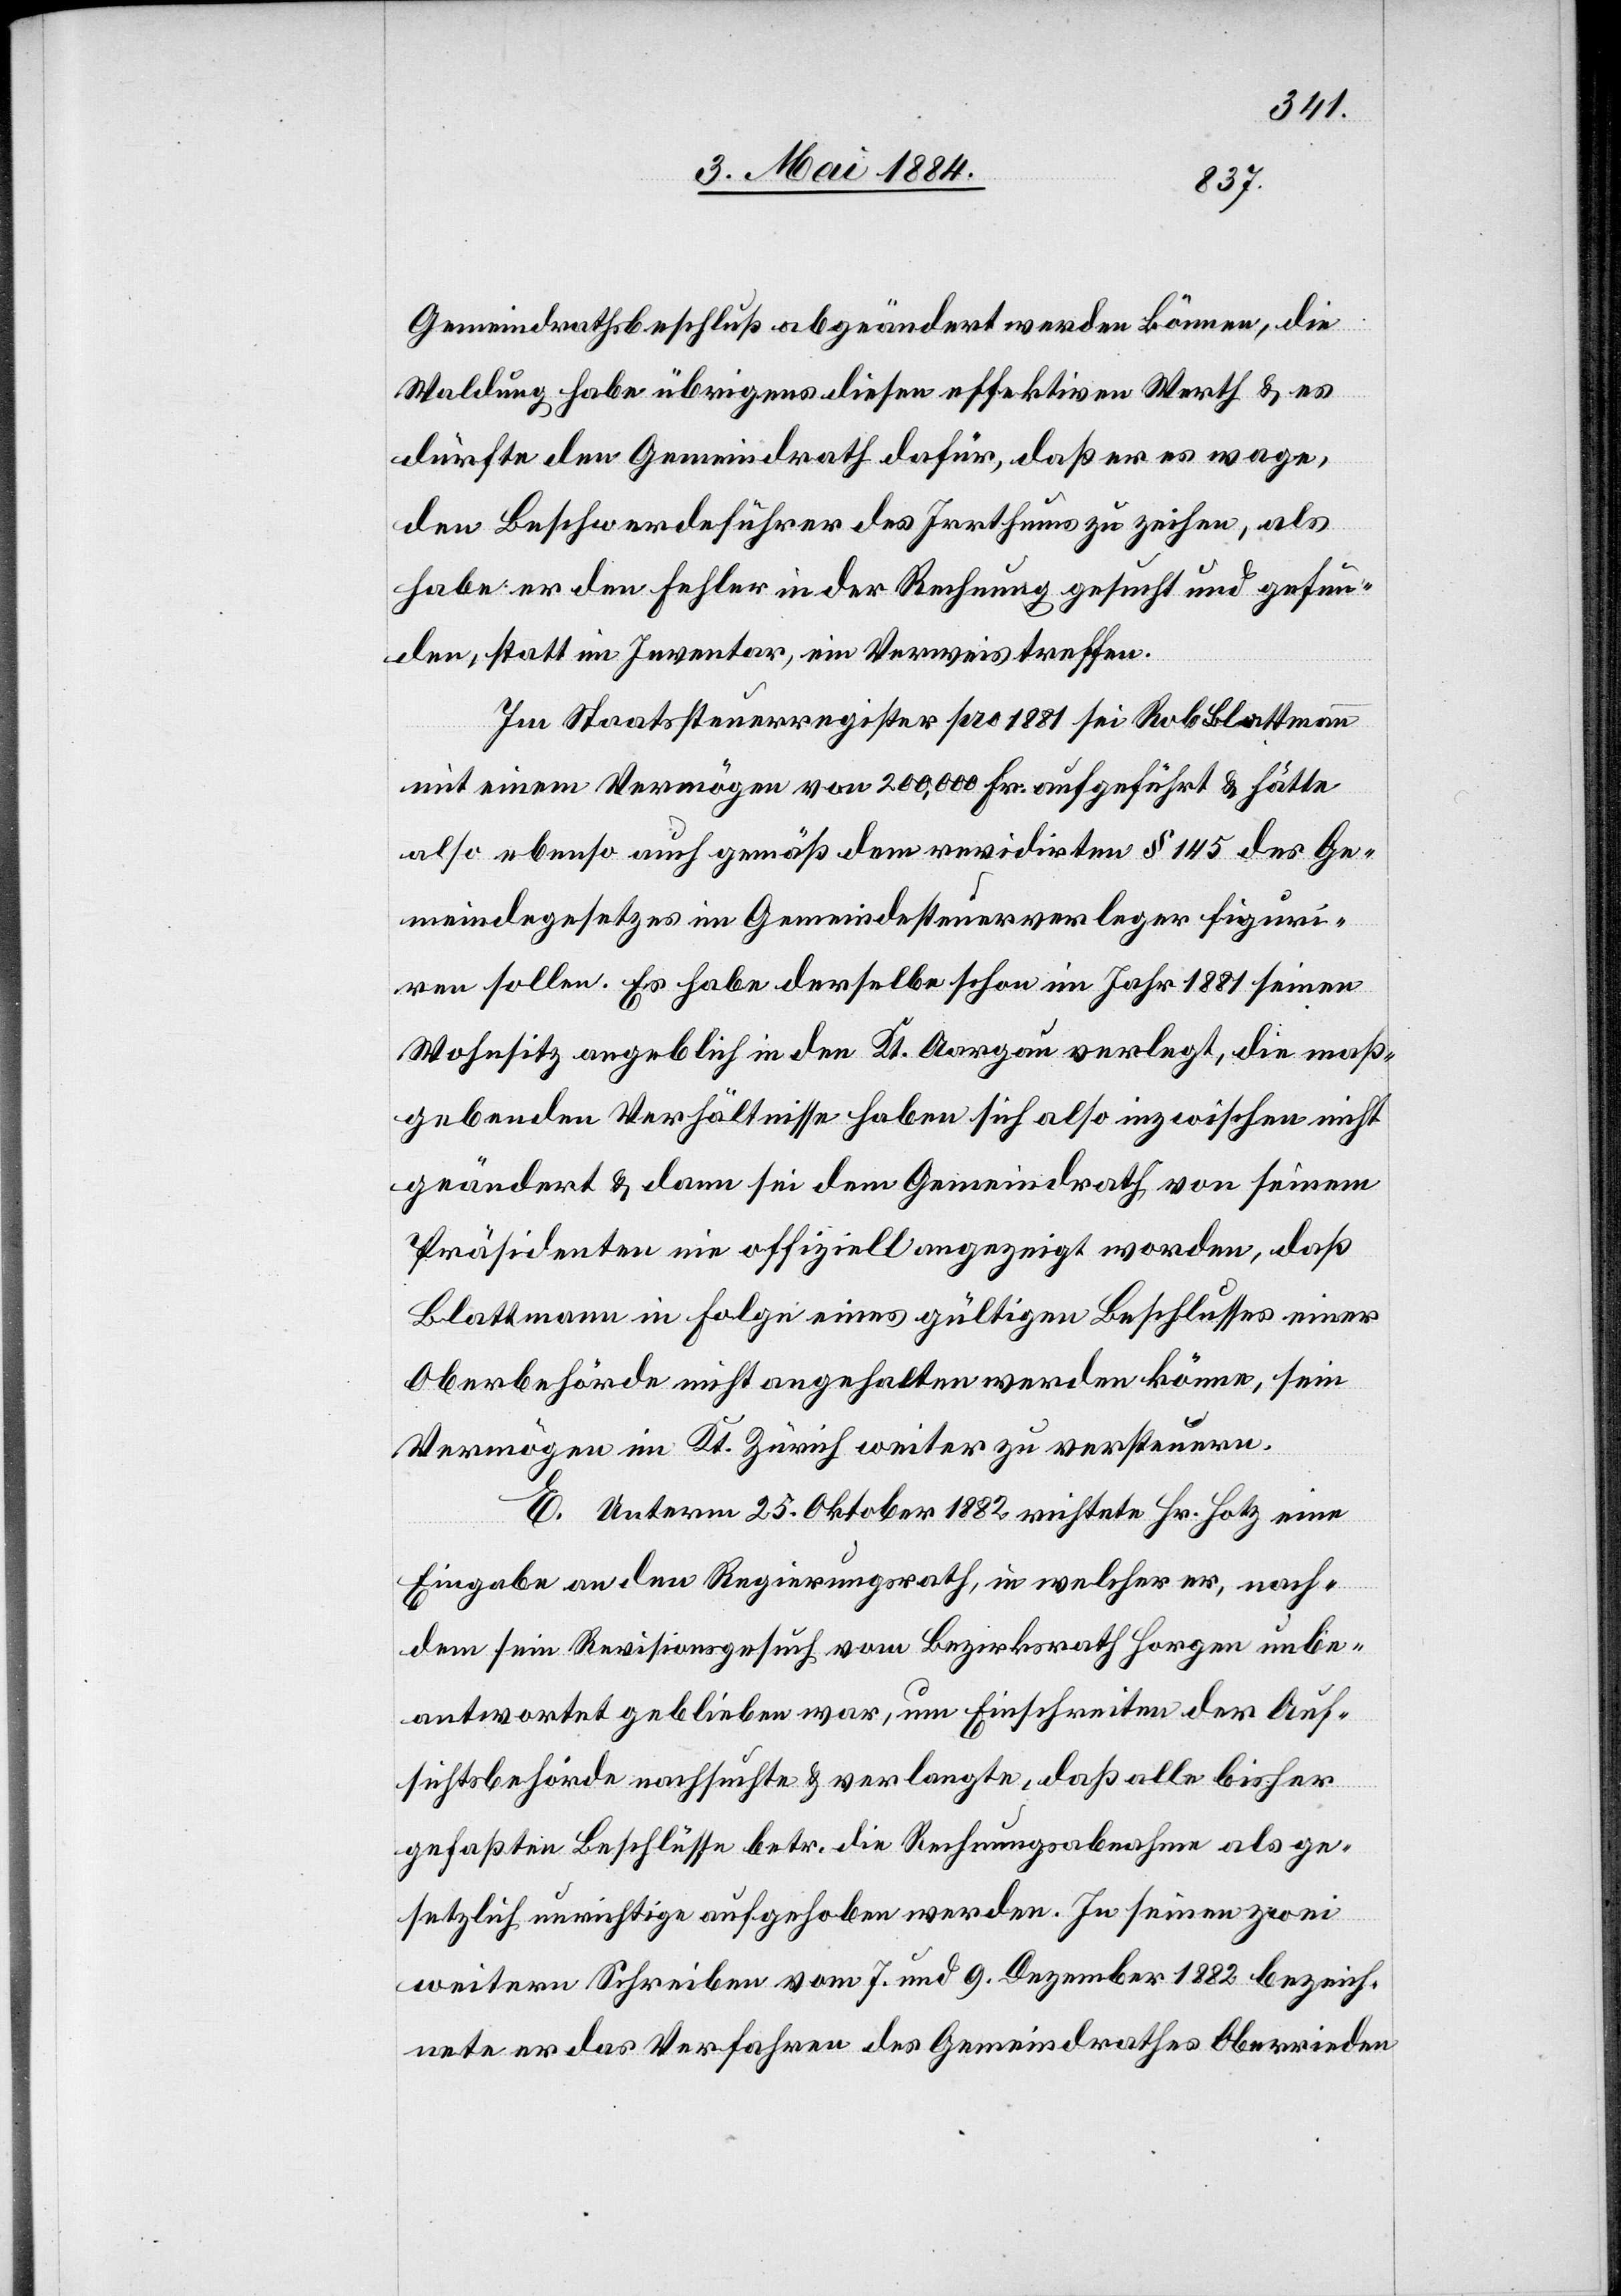
Gemeindrathsbeschluß abgeändert werden können, die
Waldung habe übrigens diesen effektiven Werth & es
dürfte den Gemeindrath dafür, daß er es wage
den Beschwerdeführer des Irrthums zu zeihen, als
habe er den Fehler in der Rechnung gesucht und gefun¬
den, statt im Inventar, ein Verweis treffen.
Im Staatssteuerregister pro 1881 sei Rob. Blattmann
mit einem Vermögen von 200,000 Fr. aufgeführt & hätte
also ebenso auch gemäß dem revidirten § 145 des Ge¬
meindesgesetzes im Gemeindesteuerverleger figuri¬
ren sollen Es habe derselbe schon im Jahr 1881 seinen
Wohnsitz angeblich in den Kt. Aargau verlegt, die maß¬
gebenden Verhältnisse haben sich also inzwischen nicht
geändert & dann sei dem Gemeindrath von seinem
Präsidenten nie offiziell angezeigt worden, daß
Blattmann in Folge eines gültigen Beschlusses einer
Oberbehörde nicht angehalten werden könne, sein
Vermögen im Kt. Zürich weiter zu versteuern.
E. Unterm 25. Oktober 1882 richtete Hr. Hotz eine
Eingabe an den Regierungsrath, in welcher er, nach¬
dem sein Revisionsgesuch vom Bezirksrath Horgen unbe¬
antwortet geblieben war, um Einschreiten der Auf¬
sichtsbehörde nachsuchte & verlangte, daß alle bisher
gefaßten Beschlüsse betr. die Rechnungsabnahme als ge¬
setzlich unrichtige aufgehoben werden. In seinen zwei
weitern Schreiben vom 7. und 9. Dezember 1882 bezeich¬
nete er das Verfahren des Gemeindrathes Oberrieden